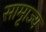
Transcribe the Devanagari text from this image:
सामृाज्य